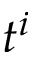
t ^ { i }